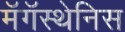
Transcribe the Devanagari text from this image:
मॅगॅस्थेनिस